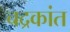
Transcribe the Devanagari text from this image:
चद्रकांत